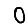
Digit: 0